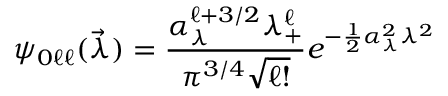
\psi _ { 0 \ell \ell } ( \vec { \lambda } ) = { \frac { \alpha _ { \lambda } ^ { \ell + 3 / 2 } \lambda _ { + } ^ { \ell } } { { \pi ^ { 3 / 4 } } \sqrt { \ell ! } } } e ^ { - { \frac { 1 } { 2 } } \alpha _ { \lambda } ^ { 2 } \lambda ^ { 2 } }